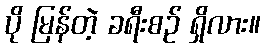
ပို မြန်တဲ့ ခရီးစဉ် ရှိလား။